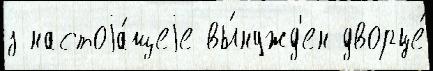
з настоjа́щеjе вы́нужд'ен дворце́